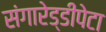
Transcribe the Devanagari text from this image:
संगारेड्डीपेटा